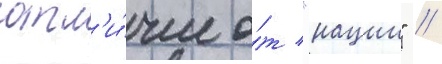
отл'и́чие о́т "нации" /